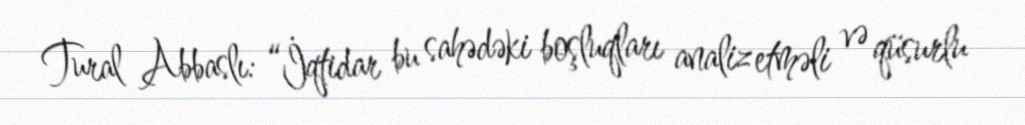
Tural Abbaslı: “İqtidar bu sahədəki boşluqları analiz etməli və qüsurlu